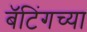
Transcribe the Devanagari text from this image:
बॅटिंगच्या